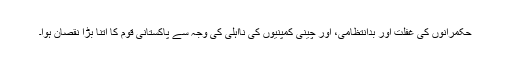
حکمرانوں کی غفلت اور بدانتظامی، اور چینی کمپنیوں کی نااہلی کی وجہ سے پاکستانی قوم کا اتنا بڑا نقصان ہوا۔